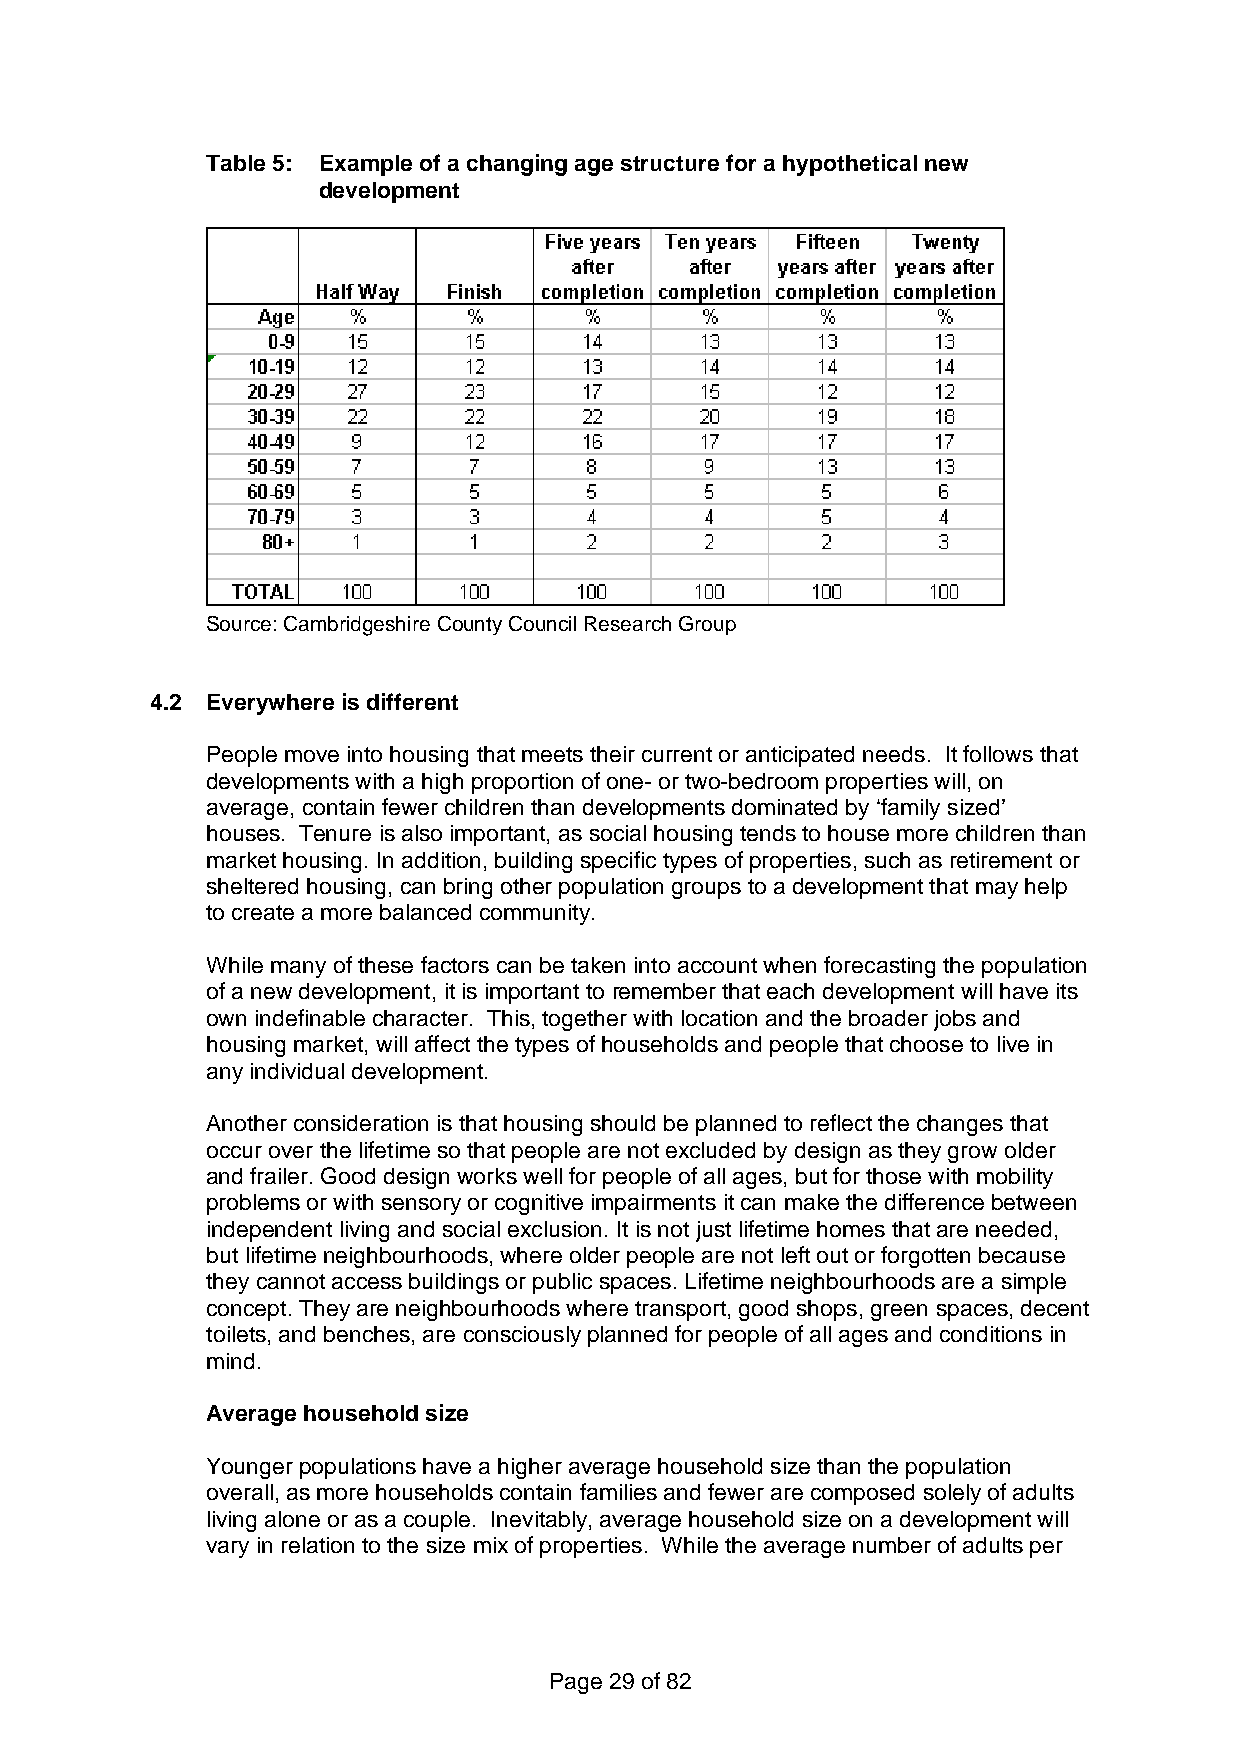
Table 5: Example of a changing age structure for a hypothetical new
 development
 Source: Cambridgeshire County Council Research Group
 4.2 Everywhere is different
 People move into housing that meets their current or anticipated needs. It follows that
 developments with a high proportion of one- or two-bedroom properties will, on
 average, contain fewer children than developments dominated by ‘family sized’
 houses. Tenure is also important, as social housing tends to house more children than
 market housing. In addition, building specific types of properties, such as retirement or
 sheltered housing, can bring other population groups to a development that may help
 to create a more balanced community.
 While many of these factors can be taken into account when forecasting the population
 of a new development, it is important to remember that each development will have its
 own indefinable character. This, together with location and the broader jobs and
 housing market, will affect the types of households and people that choose to live in
 any individual development.
 Another consideration is that housing should be planned to reflect the changes that
 occur over the lifetime so that people are not excluded by design as they grow older
 and frailer. Good design works well for people of all ages, but for those with mobility
 problems or with sensory or cognitive impairments it can make the difference between
 independent living and social exclusion. It is not just lifetime homes that are needed,
 but lifetime neighbourhoods, where older people are not left out or forgotten because
 they cannot access buildings or public spaces. Lifetime neighbourhoods are a simple
 concept. They are neighbourhoods where transport, good shops, green spaces, decent
 toilets, and benches, are consciously planned for people of all ages and conditions in
 mind.
 Average household size
 Younger populations have a higher average household size than the population
 overall, as more households contain families and fewer are composed solely of adults
 living alone or as a couple. Inevitably, average household size on a development will
 vary in relation to the size mix of properties. While the average number of adults per
 Page 29 of 82